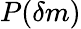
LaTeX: P(\delta m)